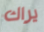
يراك